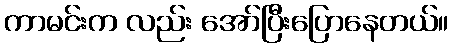
ကာမင်းက လည်း အော်ပြီးပြောနေတယ်။